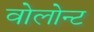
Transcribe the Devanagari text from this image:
वोलोन्ट